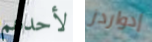
لأحدهم إدواردز